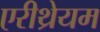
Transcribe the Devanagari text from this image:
एरीथ्रेयम